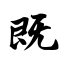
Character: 既